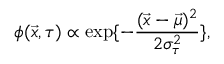
\phi ( \vec { x } , \tau ) \propto \exp \{ - \frac { ( \vec { x } - \vec { \mu } ) ^ { 2 } } { 2 \sigma _ { \tau } ^ { 2 } } \} ,